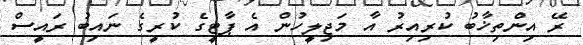
ރޭ އިންތިޚާބު ކުރިއިރު އާ މަޖިލީހުން އެ ޕާޓީގެ ކުރީގެ ނައިބު ރައީސް